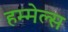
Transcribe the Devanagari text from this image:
हम्मेल्स